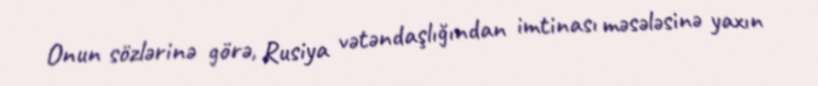
Onun sözlərinə görə, Rusiya vətəndaşlığından imtinası məsələsinə yaxın